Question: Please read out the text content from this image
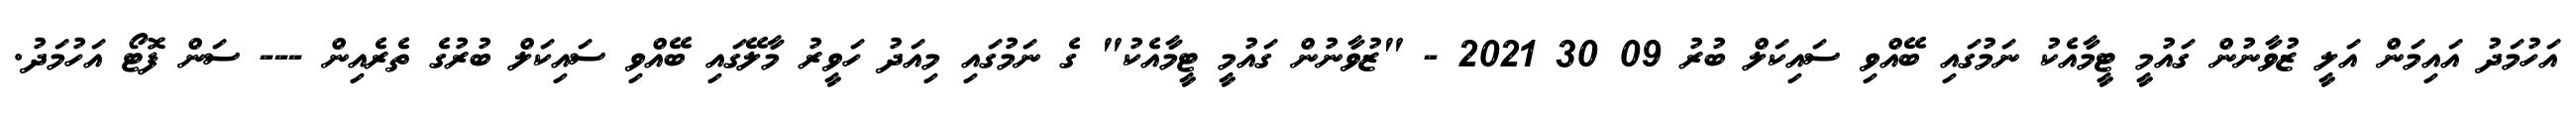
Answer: އަހުމަދު އައިމަން އަލީ ޒުވާނުން ގައުމީ ޓީމާއެކު ނަމުގައި ބޭއްވި ސައިކަލް ބުރު 09 30 2021 - "ޒުވާނުން ގައުމީ ޓީމާއެކު" ގެ ނަމުގައި މިއަދު ހަވީރު މާލޭގައި ބޭއްވި ސައިކަލް ބުރުގެ ތެރެއިން --- ސަން ފޮޓޯ އަހުމަދު.